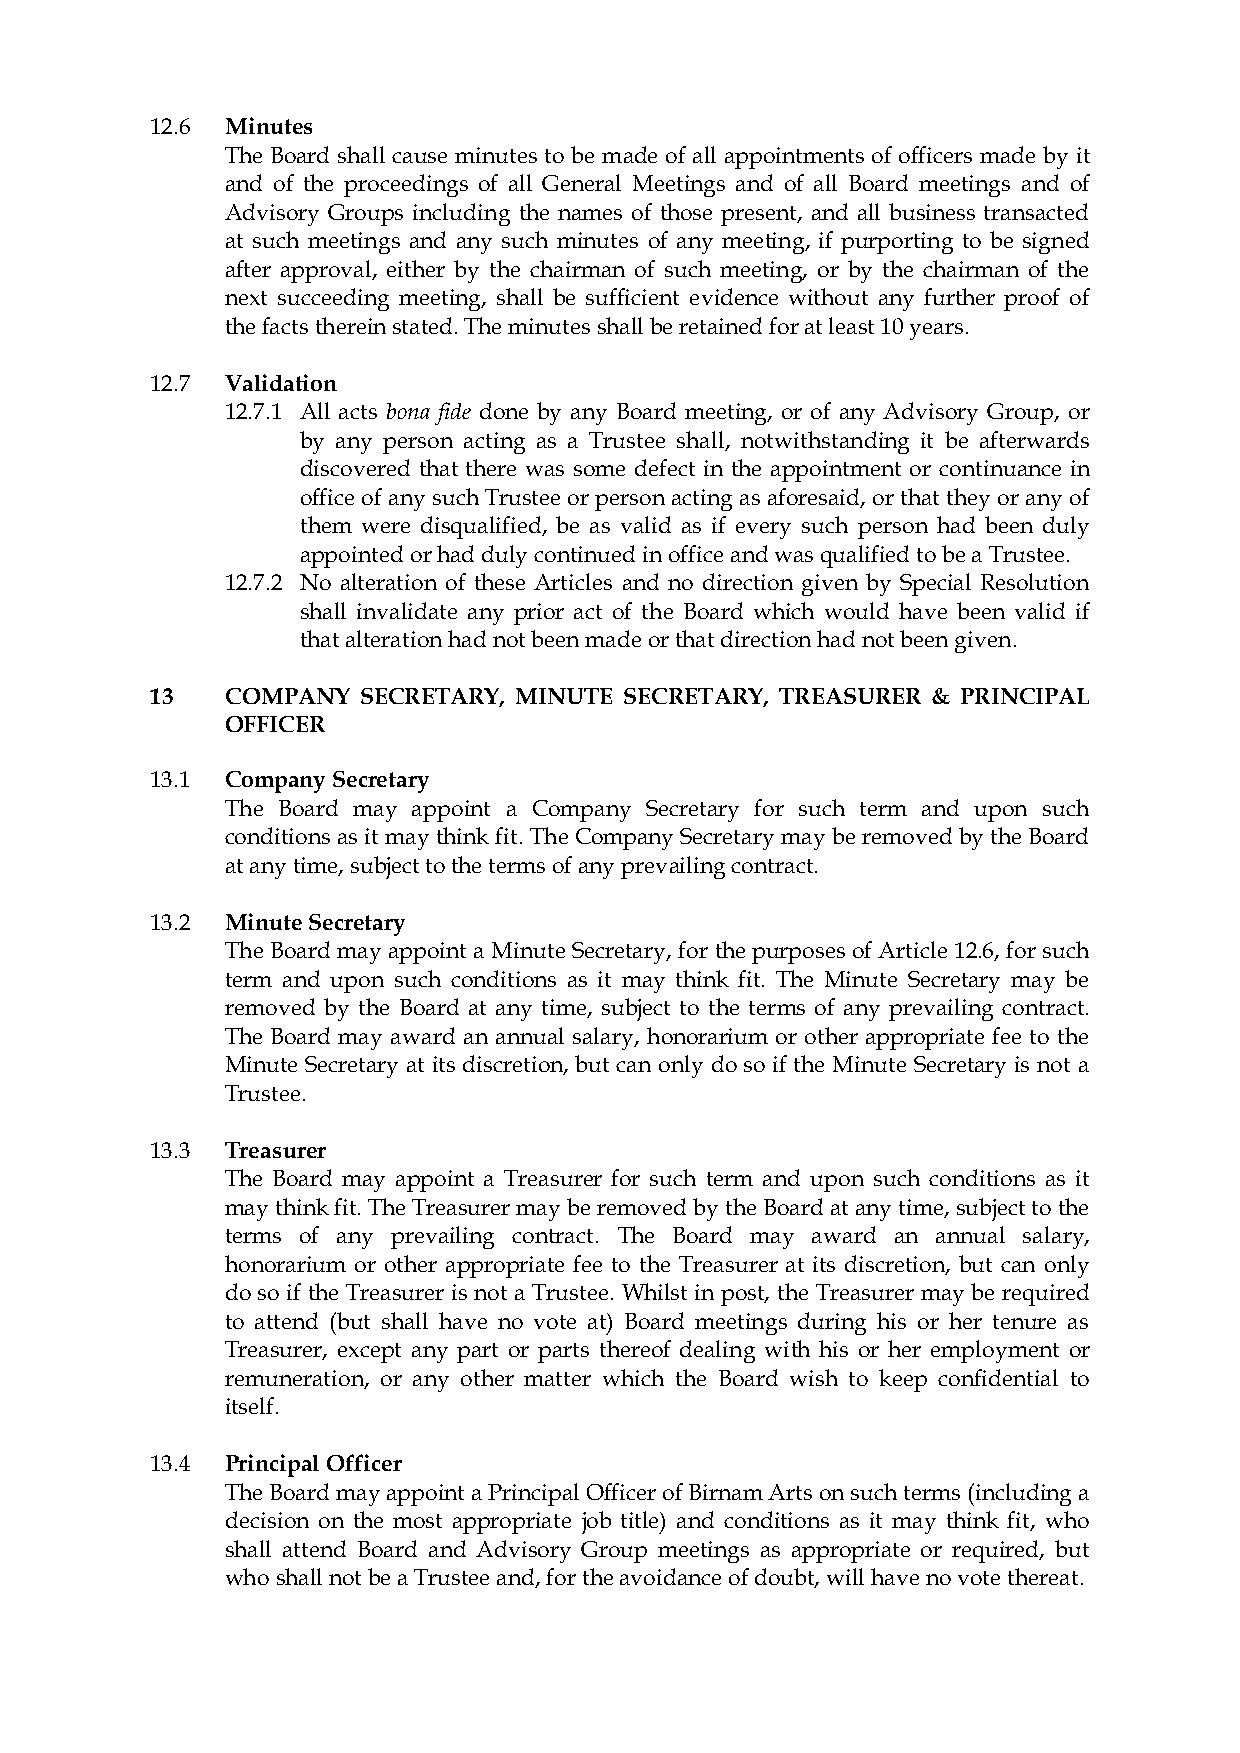
12.6 Minutes
 The Board shall cause minutes to be made of all appointments of officers made by it
 and of the proceedings of all General Meetings and of all Board meetings and of
 Advisory Groups including the names of those present, and all business transacted
 at such meetings and any such minutes of any meeting, if purporting to be signed
 after approval, either by the chairman of such meeting, or by the chairman of the
 next succeeding meeting, shall be sufficient evidence without any further proof of
 the facts therein stated. The minutes shall be retained for at least 10 years.
 12.7 Validation
 12.7.1 All acts bona fide done by any Board meeting, or of any Advisory Group, or
 by any person acting as a Trustee shall, notwithstanding it be afterwards
 discovered that there was some defect in the appointment or continuance in
 office of any such Trustee or person acting as aforesaid, or that they or any of
 them were disqualified, be as valid as if every such person had been duly
 appointed or had duly continued in office and was qualified to be a Trustee.
 12.7.2 No alteration of these Articles and no direction given by Special Resolution
 shall invalidate any prior act of the Board which would have been valid if
 that alteration had not been made or that direction had not been given.
 13   COMPANY  SECRETARY, MINUTE SECRETARY, TREASURER & PRINCIPAL
 OFFICER
 13.1 Company Secretary
 The Board may appoint a Company Secretary for such term and upon such
 conditions as it may think fit. The Company Secretary may be removed by the Board
 at any time, subject to the terms of any prevailing contract.
 13.2 Minute Secretary
 The Board may appoint a Minute Secretary, for the purposes of Article 12.6, for such
 term and upon such conditions as it may think fit. The Minute Secretary may be
 removed by the Board at any time, subject to the terms of any prevailing contract.
 The Board may award an annual salary, honorarium or other appropriate fee to the
 Minute Secretary at its discretion, but can only do so if the Minute Secretary is not a
 Trustee.
 13.3 Treasurer
 The Board may appoint a Treasurer for such term and upon such conditions as it
 may think fit. The Treasurer may be removed by the Board at any time, subject to the
 terms of any prevailing contract. The Board may award an annual salary,
 honorarium or other appropriate fee to the Treasurer at its discretion, but can only
 do so if the Treasurer is not a Trustee. Whilst in post, the Treasurer may be required
 to attend (but shall have no vote at) Board meetings during his or her tenure as
 Treasurer, except any part or parts thereof dealing with his or her employment or
 remuneration, or any other matter which the Board wish to keep confidential to
 itself.
 13.4 Principal Officer
 The Board may appoint a Principal Officer of Birnam Arts on such terms (including a
 decision on the most appropriate job title) and conditions as it may think fit, who
 shall attend Board and Advisory Group meetings as appropriate or required, but
 who shall not be a Trustee and, for the avoidance of doubt, will have no vote thereat.